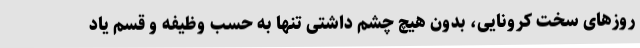
روزهای سخت کرونایی، بدون هیچ چشم داشتی تنها به حسب وظیفه و قسم یاد